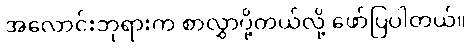
အလောင်းဘုရားက စာလွှာပို့တယ်လို့ ဖော်ပြပါတယ်။